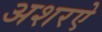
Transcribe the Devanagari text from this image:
अशरऐ